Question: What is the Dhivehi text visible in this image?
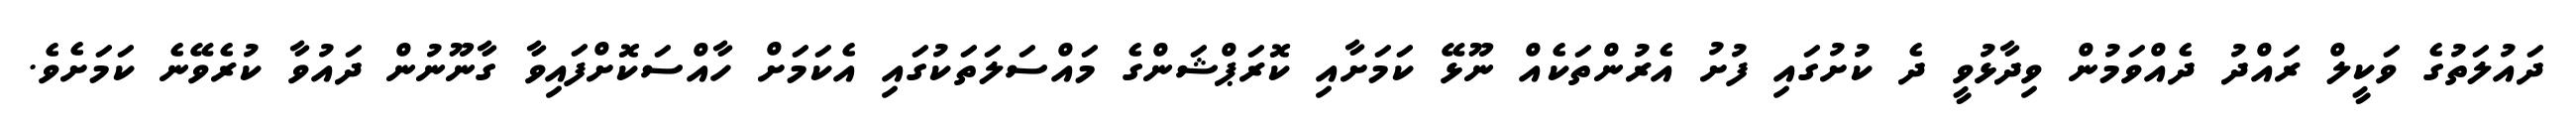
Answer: ދައުލަތުގެ ވަކީލް ރައްދު ދެއްވަމުން ވިދާޅުވީ ދެ ކުށުގައި ފުށު އެރުންތަކެއް ނޫޅޭ ކަމަށާއި ކޮރަޕްޝަންގެ މައްސަލަތަކުގައި އެކަމަށް ހާއްސަކޮށްފައިވާ ގާނޫނުން ދައުވާ ކުރެވޭނެ ކަމަށެވެ.